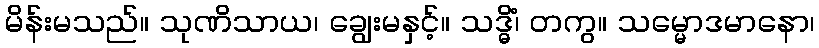
မိန်းမသည်။ သုဏိသာယ၊ ချွေးမနှင့်။ သဒ္ဓိံ၊ တကွ။ သမ္မောဒမာနော၊